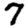
Digit: 7